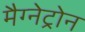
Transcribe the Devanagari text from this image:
मैग्नेट्रोन